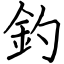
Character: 釣